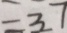
= 3 7